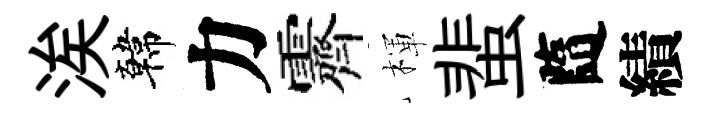
涘韓力霽楎蜚隨績